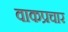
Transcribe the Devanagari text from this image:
वाकप्रचार